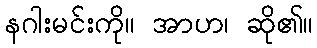
နဂါးမင်းကို။ အာဟ၊ ဆို၏။